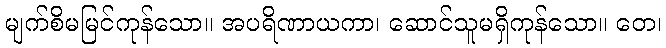
မျက်စိမမြင်ကုန်သော။ အပရိဏာယကာ၊ ဆောင်သူမရှိကုန်သော။ တေ၊